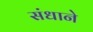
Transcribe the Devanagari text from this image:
संधाने